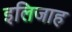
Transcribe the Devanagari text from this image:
इलिजाह